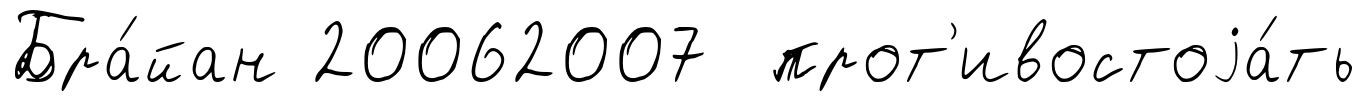
Бра́йан 20062007 прот'ивостоjа́ть